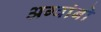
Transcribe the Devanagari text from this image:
अग्वांबो